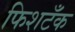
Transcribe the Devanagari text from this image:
फिशटँक